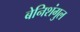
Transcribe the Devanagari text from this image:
बेनिशंगुल